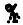
%